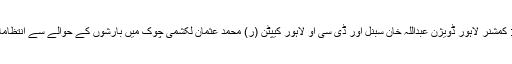
لاہور کی تصاویر، لاہور: کمشنر لاہور ڈویژن عبداللہ خان سبنل اور ڈی سی او لاہور کیپٹن (ر) محمد عثمان لکشمی چوک میں بارشوں کے حوالے سے انتظامات کا جائزہ لے رہے ہیں۔